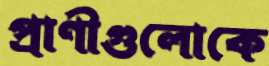
প্রাণীগুলোকে